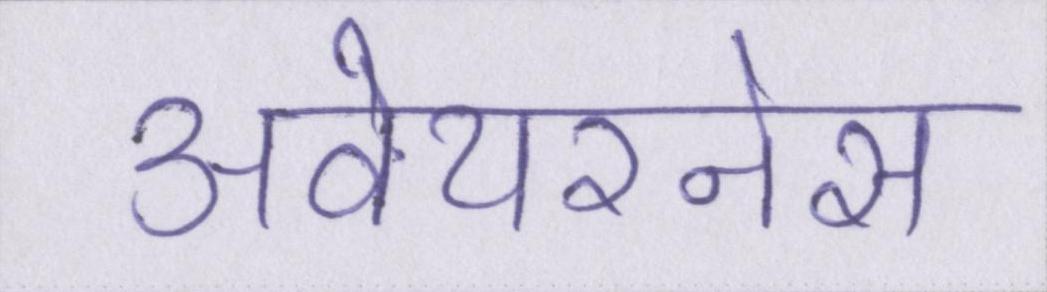
अवेयरनेस